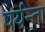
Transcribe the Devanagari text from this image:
पर्यन्ता